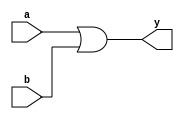
module or_gate(a,b,y);
input a,b;
output wire y;
or(y,a,b);
endmodule